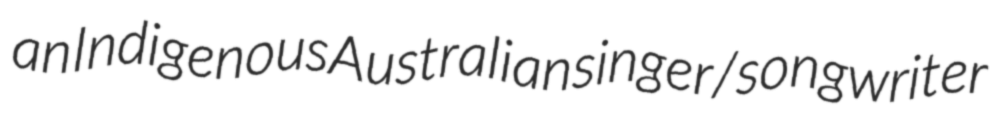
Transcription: an Indigenous Australian singer/songwriter